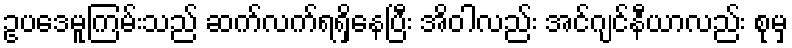
ဥပဒေမူကြမ်းသည် ဆက်လက်ရရှိနေပြီး အိဝါလည်း အင်ဂျင်နီယာလည်း စုမှ